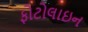
ફોટોલાઇન